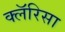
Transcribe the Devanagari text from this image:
क्लॅरिसा